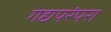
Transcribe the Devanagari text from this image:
गद्यपरंपरा